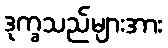
ဒုက္ခသည်များအား